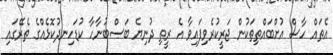
އެތައް ހާސް އުށްބައްތިތަކުން ޖަރީކުރެވިފައިވާ އެ ރީތި ދުނިޔެ ބަސްބުނާހާ ކުޑަހިނދުކޮޅެއްގެ ތެރޭގައި